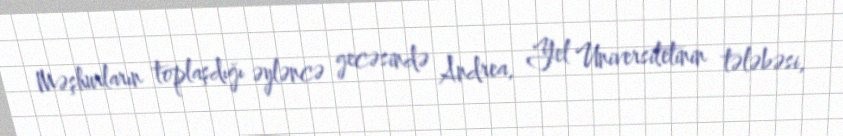
Məşhurların toplaşdığı əyləncə gecəsində Andrea, Yel Universitetinin tələbəsi,